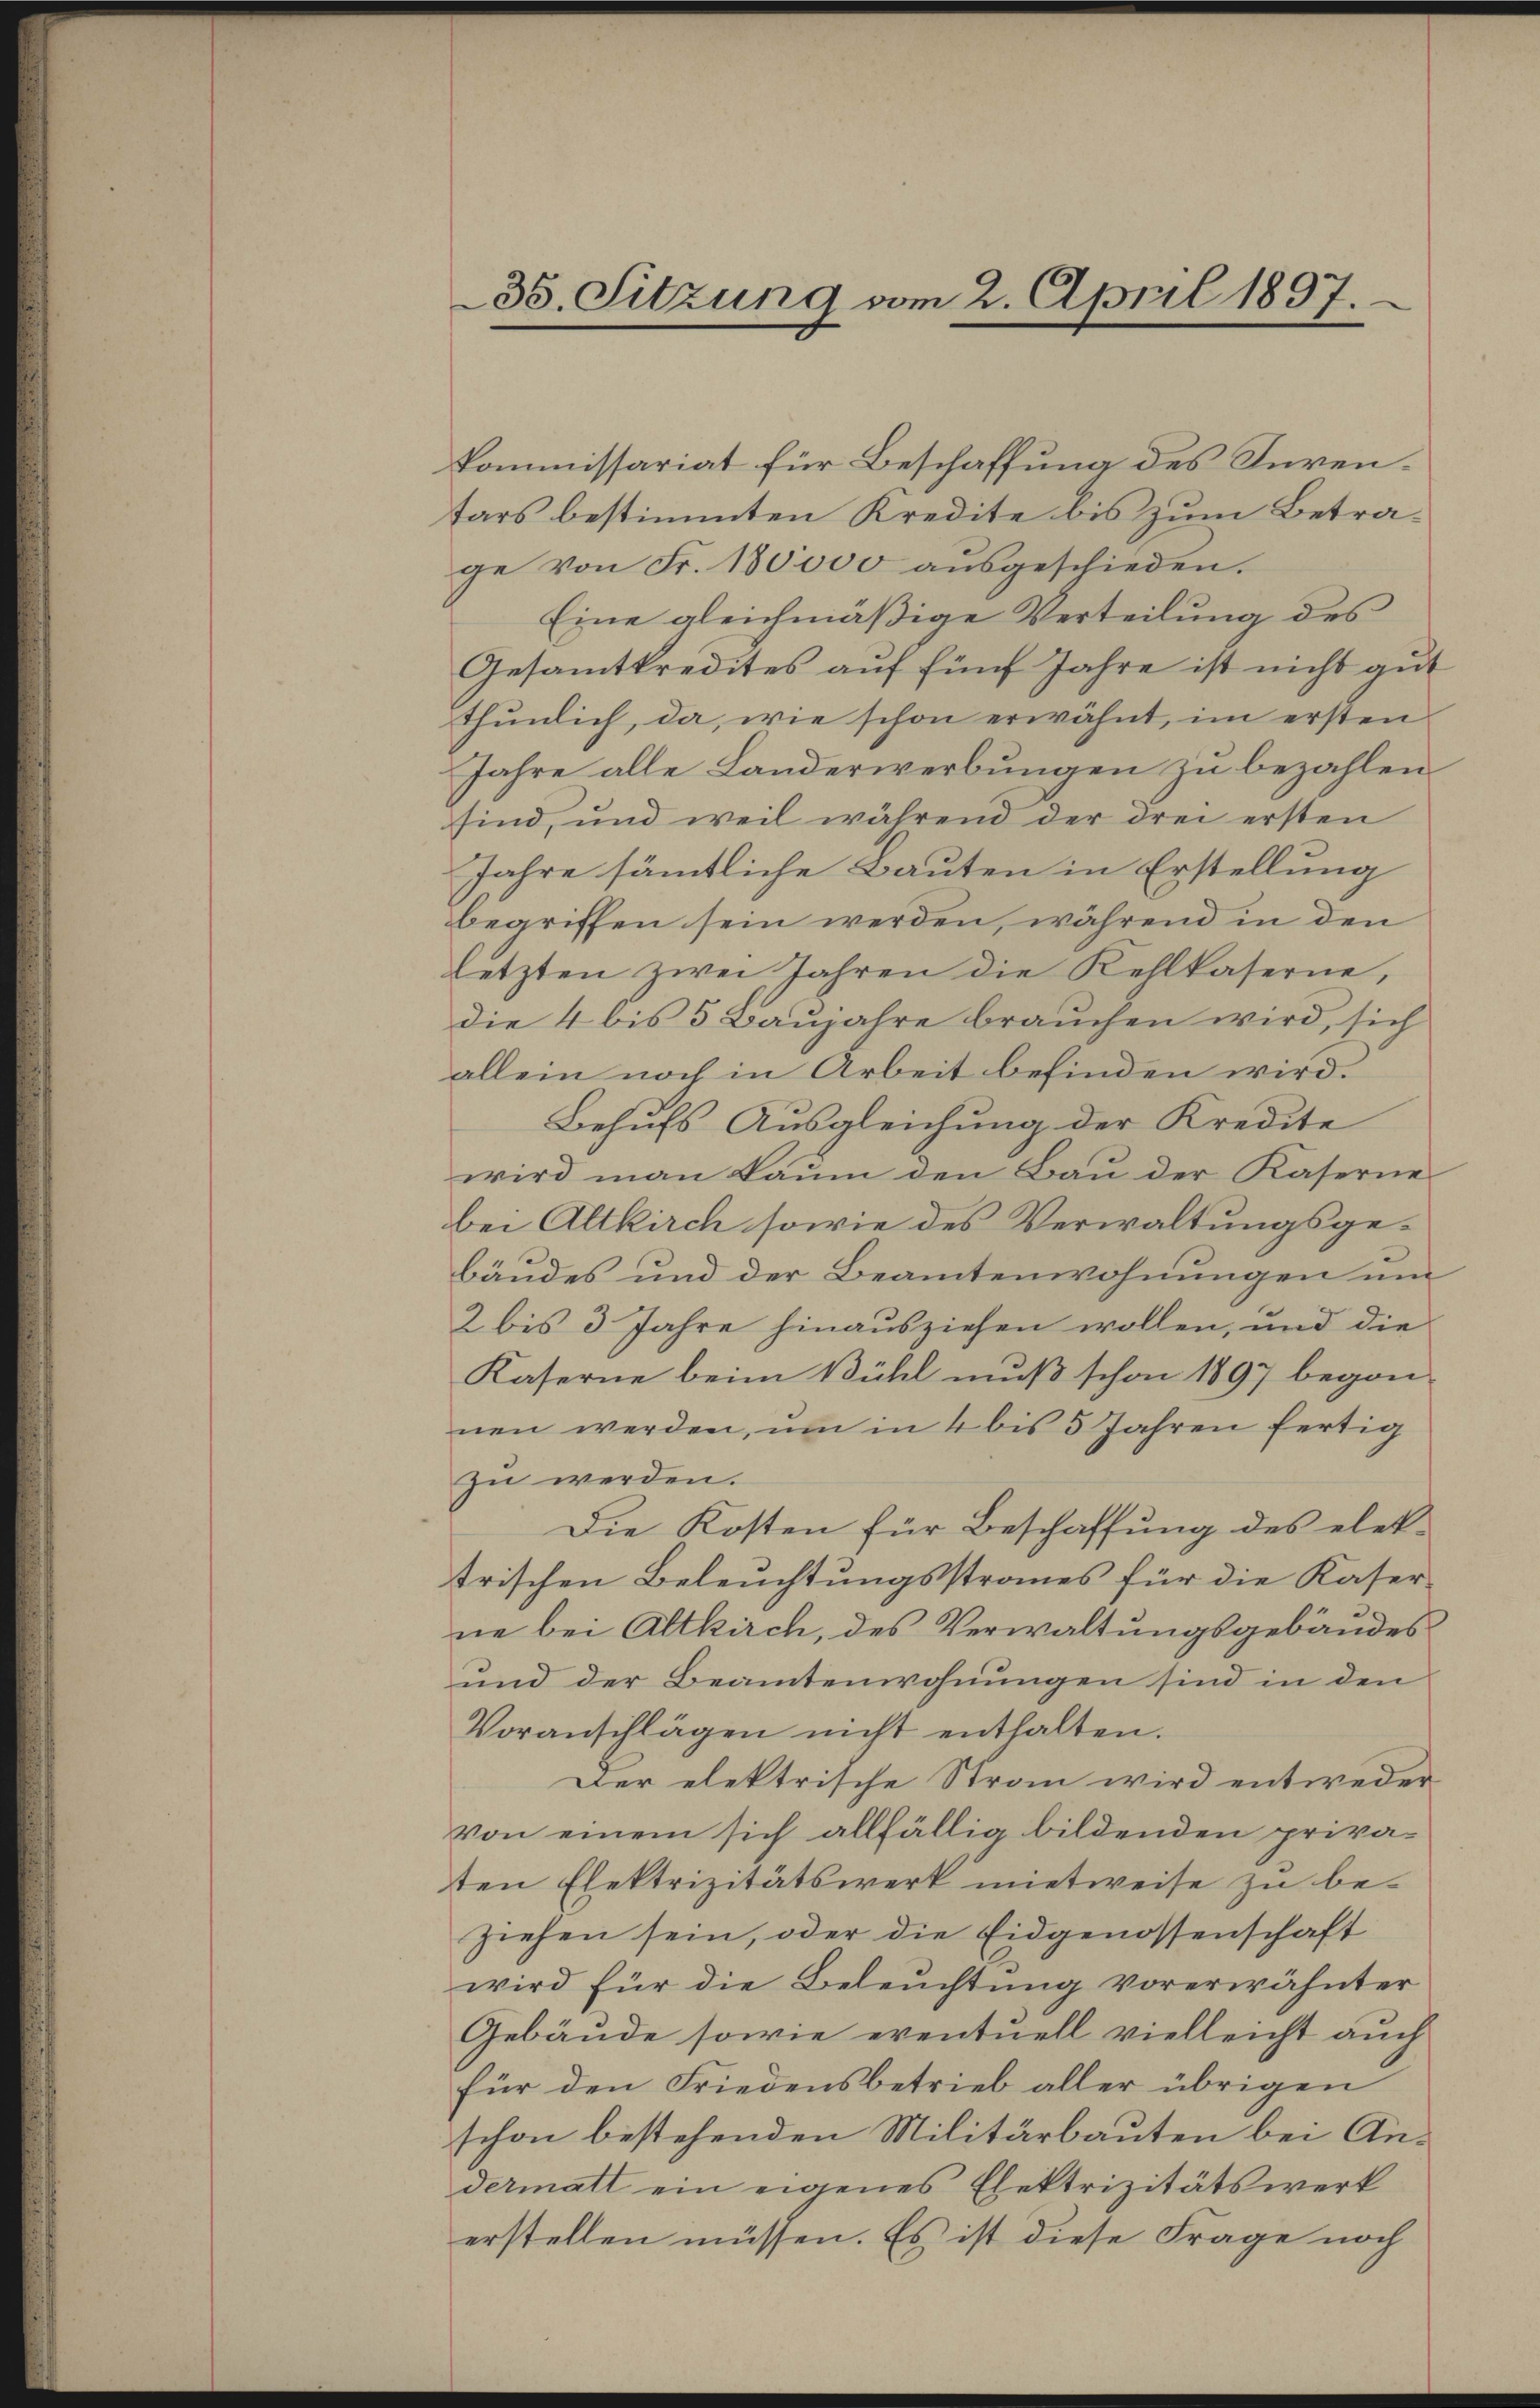
kommissariat für Beschaffung des Sürentars bestimmten Kredite bis zum Betrage von Fr. 180000 aŭsgeschieden.
Eine gleichmäßige Verteilung des
Gesamtkredites aŭf fünf Jahre ist nicht gŭt
thŭnlich, da, wie schon erwähnt, im ersten
Jahre alle Landerwerbungen zu bezahlen
sind, und weil während der drei ersten
Jahre sämmtliche Bauten in Erstellung
begriffen sein werden, während in den
letzten zwei Jahren die Kehlkaserne,
die 4 bis 3 Baujahre brauchen wird, sich
allein noch in Arbeit befinden wird.
Behufs Ausgleichung der Kredite
wird man kaum den Bau der Kaserne
bei Altkirch sowie des Verwaltungsgebäudes und der Beamtenwohnungen um
2 bis 3 Jahre hinausziehen wollen, und die
Kaserne beim Bühl muß schon 1897 begonnen werden, ŭm in 4 bis 5 Jahren fertig
zu werden.
Die Kosten für Beschaffung des elektrischen Beleuchtungsstraues für die Kaserne bei Altkirch, des Verwaltungsgebäudes
und der Beamtenwohnungen sind in den
Voranschlägen nicht enthalten.
Der elektrische Stran wird entweder
von einem sich allfällig bildenden priva-
ten Elektrizitätswerk mietweise zu be-
ziehen sein, oder die Eidgenossenschaft
wird für die Beleuchtung vorerwähnter
Gebäude sowie eventuell vielleicht auch
für den Friedensbetrieb aller übrigen
schon bestehenden Militärbauten bei Andermatt ein eigenes Elektrizitätswerk
erstellen müssen. Es ist diese Frage noch

35. Sitzung vom 2. April 1897.